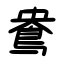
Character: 鴦